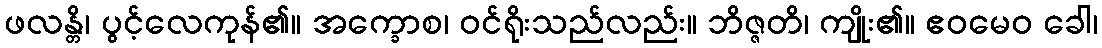
ဖလန္တိ၊ ပွင့်လေကုန်၏။ အက္ခောစ၊ ဝင်ရိုးသည်လည်း။ ဘိဇ္ဇတိ၊ ကျိုး၏။ ဧဝမေဝ ခေါ၊